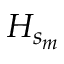
H _ { s _ { m } }